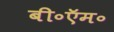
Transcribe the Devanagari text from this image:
बी॰ऍम॰